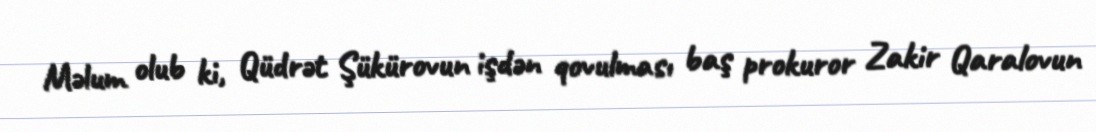
Məlum olub ki, Qüdrət Şükürovun işdən qovulması baş prokuror Zakir Qaralovun